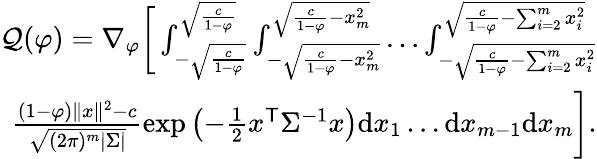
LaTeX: \begin{array}{r}{\mathcal{Q}(\varphi)=\nabla_{\varphi}\bigg[\int_{-\sqrt{\frac{c}{1-\varphi}}}^{\sqrt{\frac{c}{1-\varphi}}}\int_{-\sqrt{\frac{c}{1-\varphi}-x_{m}^{2}}}^{\sqrt{\frac{c}{1-\varphi}-x_{m}^{2}}}\ldots\int_{-\sqrt{\frac{c}{1-\varphi}-\sum_{i=2}^{m}x_{i}^{2}}}^{\sqrt{\frac{c}{1-\varphi}-\sum_{i=2}^{m}x_{i}^{2}}}}\\ {\frac{(1-\varphi)\| x\| ^{2}-c}{\sqrt{(2\pi)^{m}|{\Sigma}|}}\exp\left(-\frac{1}{2}{x}^{\mathsf{T}}{\Sigma}^{-1}{x}\right)\mathrm{d}{x}_{1}\ldots\mathrm{d}{x}_{m-1}\mathrm{d}{x}_{m}\bigg].}\end{array}